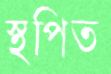
স্থপিত